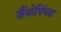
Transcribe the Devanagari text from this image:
ज़ैंथोपिंप्ला